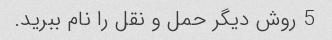
5 روش دیگر حمل و نقل را نام ببرید.